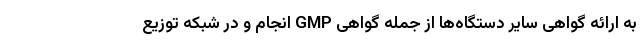
به ارائه گواهی سایر دستگاه‌ها از جمله گواهی GMP انجام و در شبکه توزیع